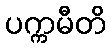
ပက္ကမီတိ